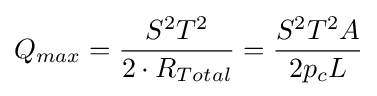
Q_{max}={\frac {S^{2}T^{2}}{2\cdot R_{Total}}}={\frac {S^{2}T^{2}A}{2p_{c}L}}